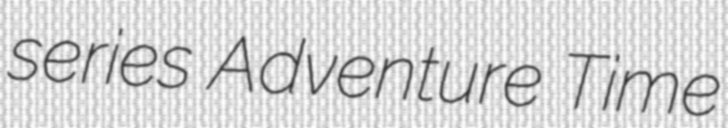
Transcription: series Adventure Time